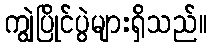
ကျွဲပြိုင်ပွဲများရှိသည်။